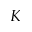
K